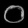
Digit: ၀